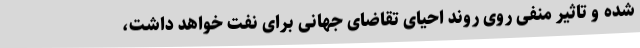
شده و تاثیر منفی روی روند احیای تقاضای جهانی برای نفت خواهد داشت،